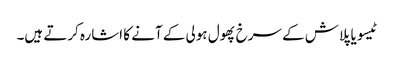
ٹیسو یا پلاش کے سرخ پھول ہولی کے آنے کا اشارہ کرتے ہیں۔